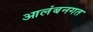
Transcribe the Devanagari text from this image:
आलंबनगत